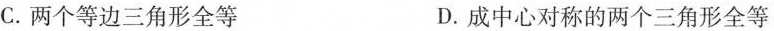
C.两个等边三角形全等 D.成中心对称的两个三角形全等